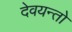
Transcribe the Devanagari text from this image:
देवयन्तो